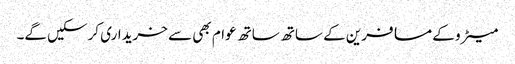
میٹرو کے مسافرین کے ساتھ ساتھ عوام بھی سے خریداری کرسکیں گے۔